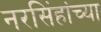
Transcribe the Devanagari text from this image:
नरसिंहांच्या